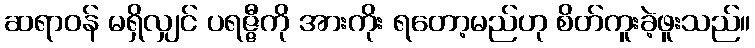
ဆရာဝန် မရှိလျှင် ပရဇ္ဇီကို အားကိုး ရတော့မည်ဟု စိတ်ကူးခဲ့ဖူးသည်။